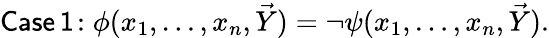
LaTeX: {\mathsf{Case\, 1\! :}}\; \phi(x_{1},\ldots,x_{n},{\vec{Y}})=\neg\psi(x_{1},\ldots,x_{n},{\vec{Y}}).